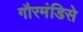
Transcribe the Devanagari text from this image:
गौरमंडिसे